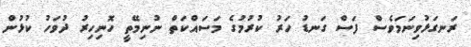
ރަނގަޅުވިނަމަވެސް ފަސް ގަނޑު ހަރު ކުރުމުގެ މަސައްކަތް ނުނިމޭތީ ހޮނިހިރު ދުވަހު ކުޅުން